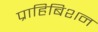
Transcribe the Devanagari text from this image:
प्राहिबिशन